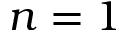
n = 1